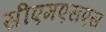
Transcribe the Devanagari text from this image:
सीएमएसएस